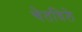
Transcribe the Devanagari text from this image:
चेतविले